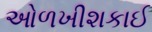
ઓળખીશકાઈ